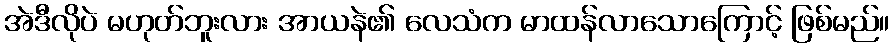
အဲဒီလိုပဲ မဟုတ်ဘူးလား အာယနဲ၏ လေသံက မာထန်လာသောကြောင့် ဖြစ်မည်။